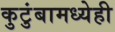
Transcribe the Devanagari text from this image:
कुटुंबामध्येही